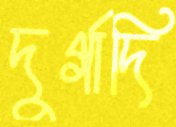
দুর্গাদি